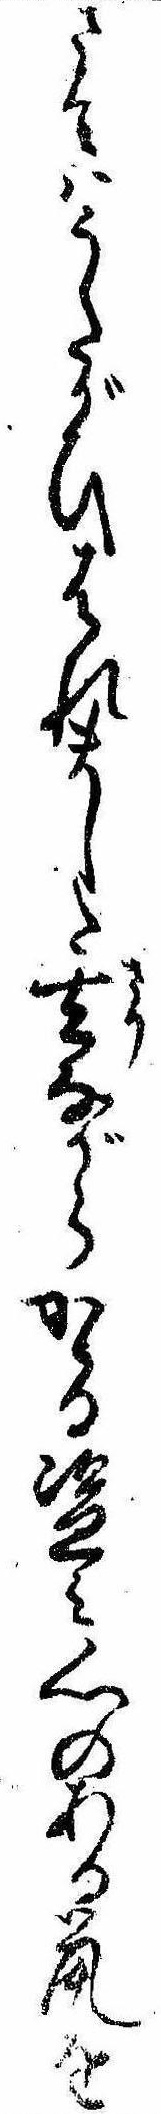
さてはうたがひはれました去ながらかゝる盗み心のある鼠を